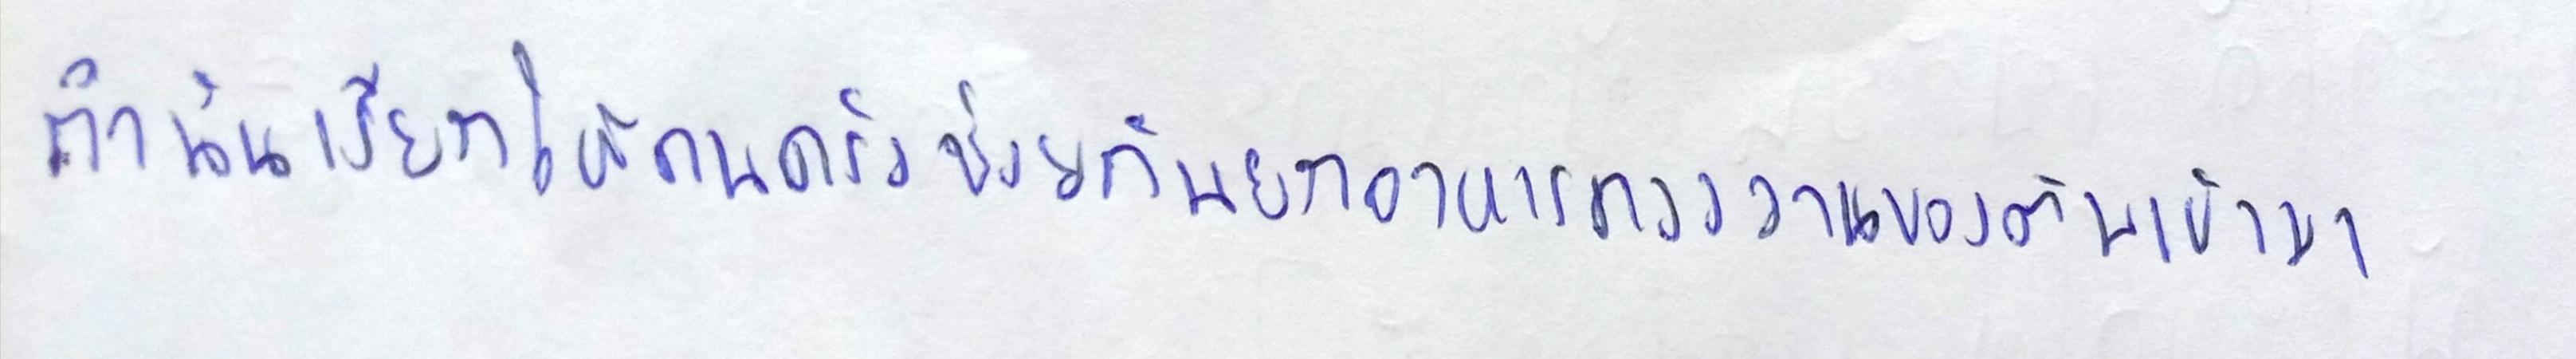
กำนันเรียกให้คนครัวช่วยกันยกอาหารคาวหวานของตนเข้ามา